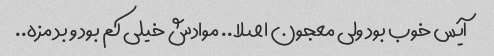
آیس خوب بود ولی معجون اصلا.. موادش خیلی کم بود و بد مزه..